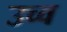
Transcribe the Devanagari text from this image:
उच्व